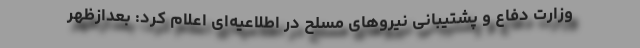
وزارت دفاع و پشتیبانی نیروهای مسلح در اطلاعیه‌ای اعلام کرد: بعدازظهر